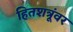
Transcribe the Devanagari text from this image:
हितशत्रूंवर